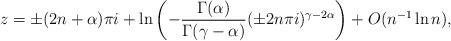
LaTeX: \begin{align*}z=\pm(2n+\alpha)\pi i+\ln \left(-\frac{\Gamma(\alpha)}{\Gamma(\gamma-\alpha)}(\pm2n\pi i)^{\gamma-2\alpha}\right)+O(n^{-1}\ln n),\end{align*}